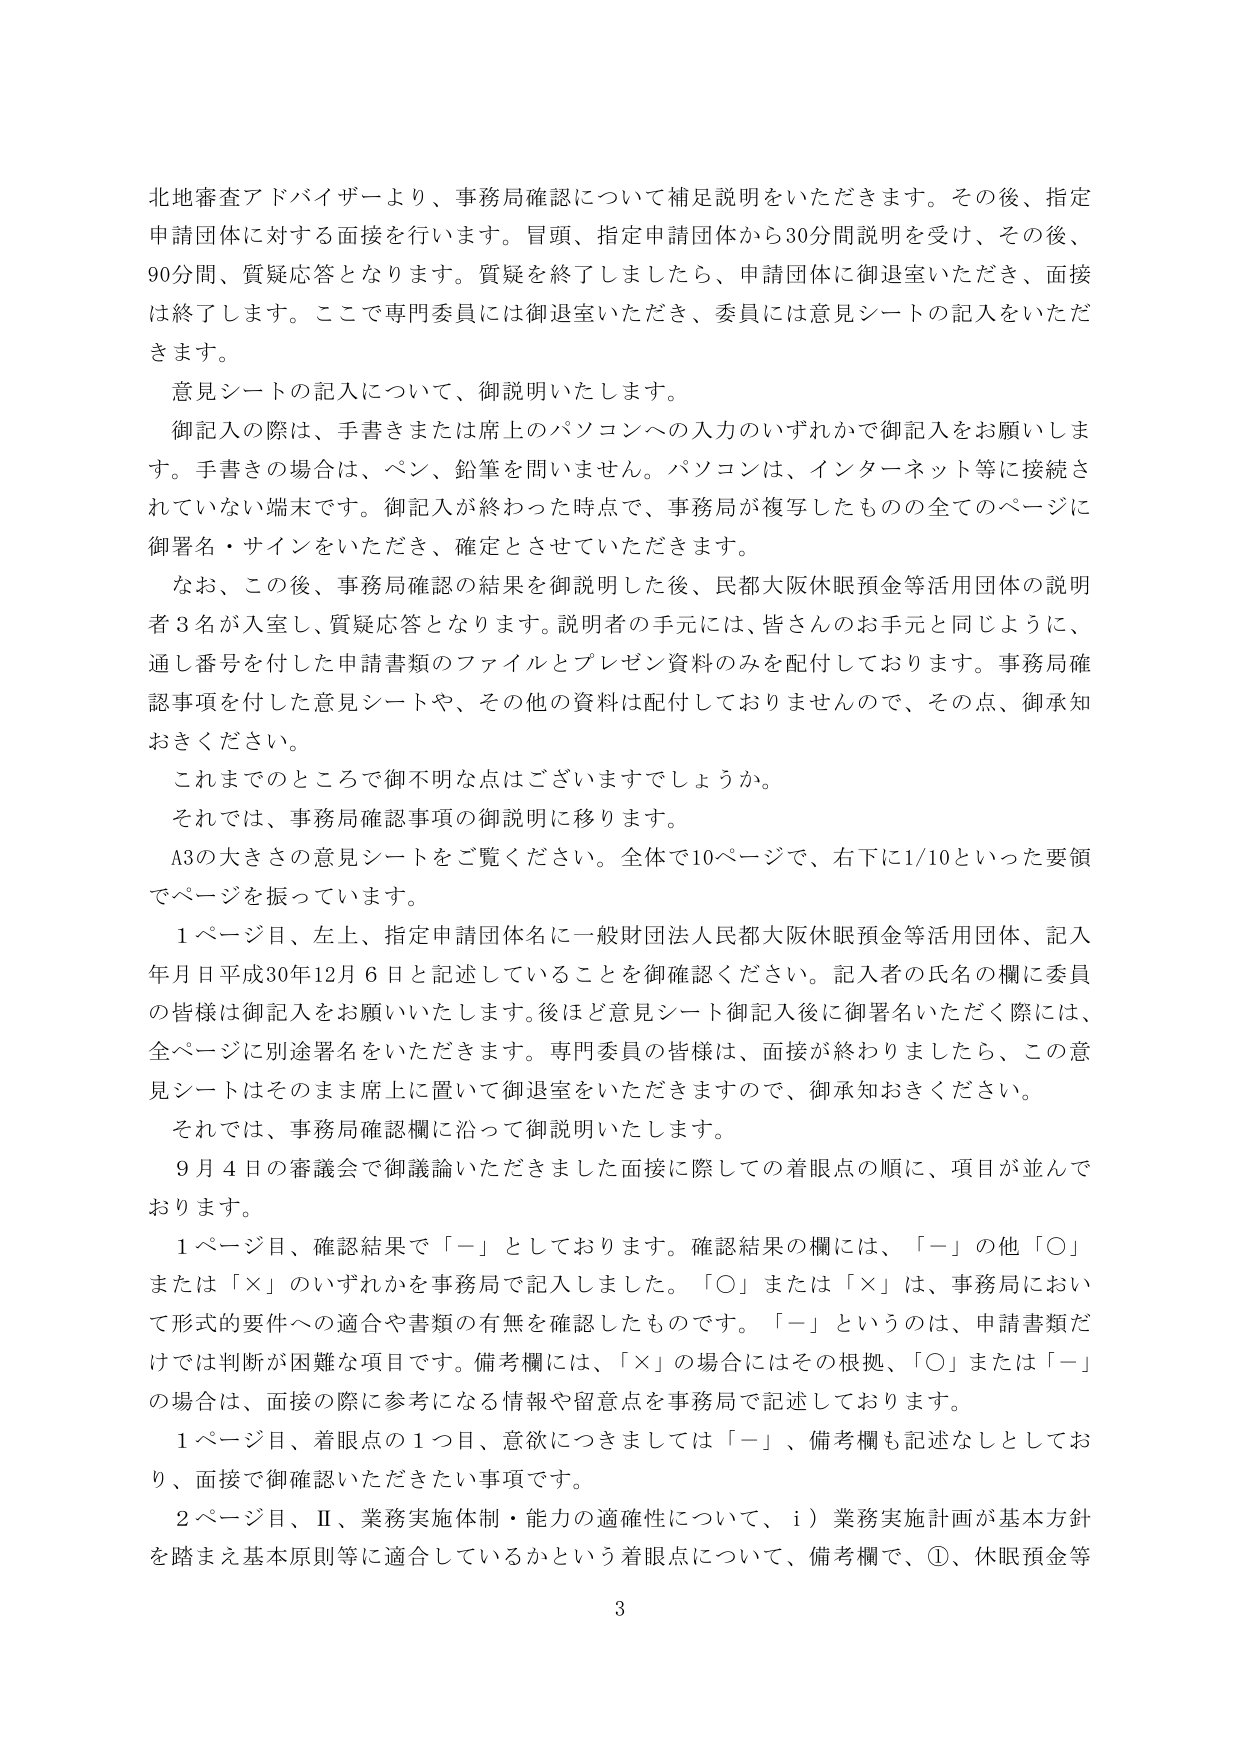
北地審査アドバイザーより、事務局確認について補足説明をいただきます。その後、指定申請団体に対する面接を行います。冒頭、指定申請団体から30分間説明を受け、その後、90分間、質疑応答となります。質疑を終了しましたら、申請団体に御退室いただき、面接は終了します。ここで専門委員には御退室いただき、委員には意見シートの記入をいただきます。

意見シートの記入について、御説明いたします。

御記入の際は、手書きまたは席上のパソコンへの入力のいずれかで御記入をお願いします。手書きの場合は、ペン、鉛筆を問いません。パソコンは、インターネット等に接続されていない端末です。御記入が終わった時点で、事務局が複写したものの全てのページに御署名・サインをいただき、確定とさせていただきます。

なお、この後、事務局確認の結果を御説明した後、民都大阪休眠預金等活用団体の説明者3名が入室し、質疑応答となります。説明者の手元には、皆さんのお手元と同じように、通し番号を付した申請書類のファイルとプレゼン資料のみを配付しております。事務局確認事項を付した意見シートや、その他の資料は配付しておりませんので、その点、御承知おきください。

これまでのところで御不明な点はございますでしょうか。

それでは、事務局確認事項の御説明に移ります。

A3の大きさの意見シートをご覧ください。全体で10ページで、右下に1/10といった要領でページを振っています。

1ページ目、左上、指定申請団体名に一般財団法人民都大阪休眠預金等活用団体、記入年月日平成30年12月6日と記述していることを御確認ください。記入者の氏名の欄に委員の皆様は御記入をお願いいたします。後ほど意見シート御記入後に御署名いただく際には、全ページに別途署名をいただきます。専門委員の皆様は、面接が終わりましたら、この意見シートはそのまま席上に置いて御退室をいただきますので、御承知おきください。

それでは、事務局確認欄に沿って御説明いたします。

9月4日の審議会で御議論いただきました面接に際しての着眼点の順に、項目が並んでおります。

1ページ目、確認結果で「－」としております。確認結果の欄には、「－」の他「○」または「×」のいずれかを事務局で記入しました。「○」または「×」は、事務局において形式的要件への適合や書類の有無を確認したものです。「－」というのは、申請書類だけでは判断が困難な項目です。備考欄には、「×」の場合にはその根拠、「○」または「－」の場合は、面接の際に参考になる情報や留意点を事務局で記述しております。

1ページ目、着眼点の1つ目、意欲につきましては「－」、備考欄も記述なしとしており、面接で御確認いただきたい事項です。

2ページ目、Ⅱ、業務実施体制・能力の適確性について、ⅰ）業務実施計画が基本方針を踏まえ基本原則等に適合しているかという着眼点について、備考欄で、①、休眠預金等

3